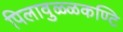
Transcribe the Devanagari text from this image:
पिलावुळ्ळकण्टि